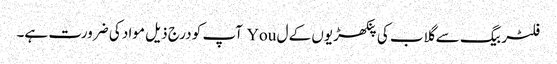
فلٹر بیگ سے گلاب کی پنکھڑیوں کے ل You آپ کو درج ذیل مواد کی ضرورت ہے۔